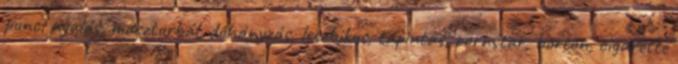
punci nyalás, maszturbál, dohányzás, leszbikus, tapintás, pornstar, börtön, cigarette